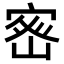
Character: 𭔀